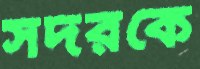
সদরকে